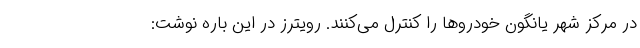
در مرکز شهر یانگون خودروها را کنترل می‌کنند. رویترز در این باره نوشت: